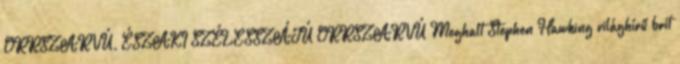
ORRSZARVÚ, ÉSZAKI SZÉLESSZÁJÚ ORRSZARVÚ Meghalt Stephen Hawking világhírű brit